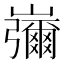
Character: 𡾱